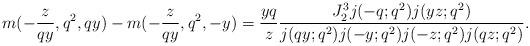
LaTeX: \begin{align*}m(-\frac{z}{qy},q^2,qy) -m(-\frac{z}{qy},q^2,-y)=\frac{yq}{z}\frac{J_2^3j(-q;q^2)j(yz;q^2)}{j(qy;q^2)j(-y;q^2)j(-z;q^2)j(qz;q^2)}.\end{align*}